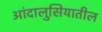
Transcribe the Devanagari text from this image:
आंदालुसियातील